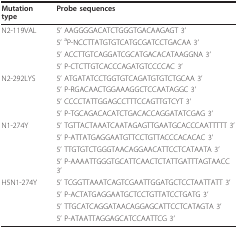
<table><thead><tr><td><b>Mutation type</b></td><td><b>Probe sequences</b></td></tr></thead><tbody><tr><td>N2-119VAL</td><td>5&#x27; AAGGGGACATCTGGGTGACAAGAGT 3&#x27;</td></tr><tr><td></td><td>5&#x27; <sup>a</sup>P-NCCTTATGTGTCATGCGATCCTGACAA 3&#x27;</td></tr><tr><td></td><td>5&#x27; ACCTTGTCAGGATCGCATGACACATAAGGNA 3&#x27;</td></tr><tr><td></td><td>5&#x27; P-CTCTTGTCACCCAGATGTCCCCAC 3&#x27;</td></tr><tr><td>N2-292LYS</td><td>5&#x27; ATGATATCCTGGTGTCAGATGTGTCTGCAA 3&#x27;</td></tr><tr><td></td><td>5&#x27; P-RGACAACTGGAAAGGCTCCAATAGGC 3&#x27;</td></tr><tr><td></td><td>5&#x27; CCCCTATTGGAGCCTTTCCAGTTGTCYT 3&#x27;</td></tr><tr><td></td><td>5&#x27; P-TGCAGACACATCTGACACCAGGATATCGAG 3&#x27;</td></tr><tr><td>N1-274Y</td><td>5&#x27; TGTTACTAAATCAATAGAGTTGAATGCACCCAATTTTT 3&#x27;</td></tr><tr><td></td><td>5&#x27; P-ATTATGAGGAATGTTCCTGTTACCCACACAC 3&#x27;</td></tr><tr><td></td><td>5&#x27; TTGTGTCTGGGTAACAGGAACATTCCTCATAATA 3&#x27;</td></tr><tr><td></td><td>5&#x27; P-AAAATTGGGTGCATTCAACTCTATTGATTTAGTAACC 3&#x27;</td></tr><tr><td>H5N1-274Y</td><td>5&#x27; TCGGTTAAATCAGTCGAATTGGATGCTCCTAATTATT 3&#x27;</td></tr><tr><td></td><td>5&#x27; P-ACTATGAGGAATGCTCCTGTTATCCTGATG 3&#x27;</td></tr><tr><td></td><td>5&#x27; TTGCATCAGGATAACAGGAGCATTCCTCATAGTA 3&#x27;</td></tr><tr><td></td><td>5&#x27; P-ATAATTAGGAGCATCCAATTCG 3&#x27;</td></tr></tbody></table>